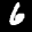
Label: 6